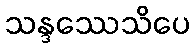
သန္ဒဿေသိပေ